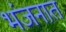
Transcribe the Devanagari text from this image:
भंजनात